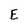
Character: E